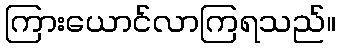
ကြားယောင်လာကြရသည်။